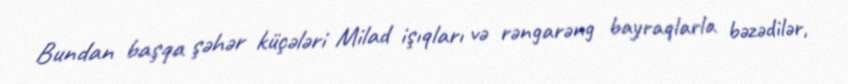
Bundan başqa şəhər küçələri Milad işıqları və rəngarəng bayraqlarla bəzədilər,